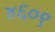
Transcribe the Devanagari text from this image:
४६०९